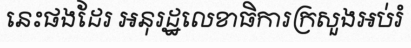
នេះផងដែរ អនុរដ្ឋលេខាធិការក្រសួងអប់រំ